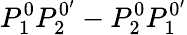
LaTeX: P_{1}^{0}P_{2}^{0^{\prime}}-P_{2}^{0}P_{1}^{0^{\prime}}